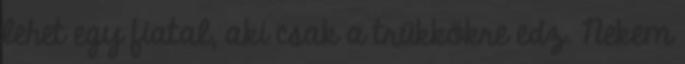
lehet egy fiatal, aki csak a trükkökre edz. Nekem